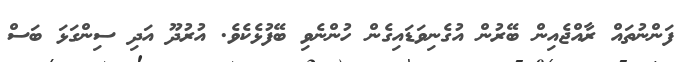
ފަންނުތައް ރާއްޖެއިން ބޭރުން އުގެނިވަޑައިގެން ހުންނެވި ބޭފުޅެކެވެ. އުރުދޫ އަދި ސިންގަޅަ ބަސް